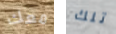
معك تلك